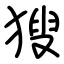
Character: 獀